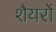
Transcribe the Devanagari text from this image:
शैयरों